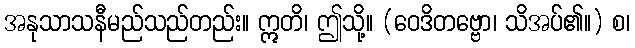
အနုသာသနီမည်သည်တည်း။ ဣတိ၊ ဤသို့။ (ဝေဒိတဗ္ဗော၊ သိအပ်၏။) စ၊